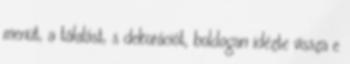
menüt, a tálalást, s dekorációt, boldogan idézte vissza e